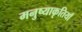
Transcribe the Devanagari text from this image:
मनुष्याकृतियाँ